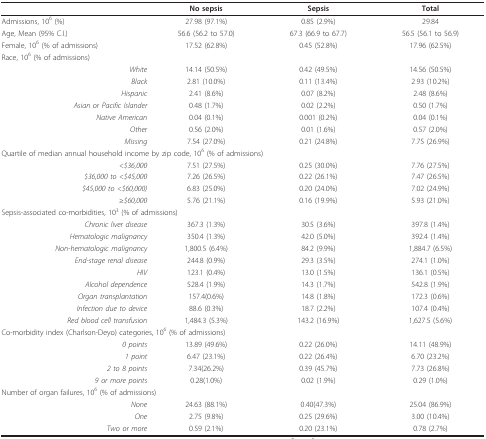
<table><thead><tr><td></td><td><b>No sepsis</b></td><td><b>Sepsis</b></td><td><b>Total</b></td></tr></thead><tbody><tr><td>Admissions, 10<sup>6 </sup>(%)</td><td>27.98 (97.1%)</td><td>0.85 (2.9%)</td><td>29.84</td></tr><tr><td>Age, Mean (95% C.I.)</td><td>56.6 (56.2 to 57.0)</td><td>67.3 (66.9 to 67.7)</td><td>56.5 (56.1 to 56.9)</td></tr><tr><td>Female, 10<sup>6 </sup>(% of admissions)</td><td>17.52 (62.8%)</td><td>0.45 (52.8%)</td><td>17.96 (62.5%)</td></tr><tr><td colspan="4">Race, 10<sup>6 </sup>(% of admissions)</td></tr><tr><td><i>White</i></td><td>14.14 (50.5%)</td><td>0.42 (49.5%)</td><td>14.56 (50.5%)</td></tr><tr><td><i>Black</i></td><td>2.81 (10.0%)</td><td>0.11 (13.4%)</td><td>2.93 (10.2%)</td></tr><tr><td><i>Hispanic</i></td><td>2.41 (8.6%)</td><td>0.07 (8.2%)</td><td>2.48 (8.6%)</td></tr><tr><td><i>Asian or Pacific Islander</i></td><td>0.48 (1.7%)</td><td>0.02 (2.2%)</td><td>0.50 (1.7%)</td></tr><tr><td><i>Native American</i></td><td>0.04 (0.1%)</td><td>0.001 (0.2%)</td><td>0.04 (0.1%)</td></tr><tr><td><i>Other</i></td><td>0.56 (2.0%)</td><td>0.01 (1.6%)</td><td>0.57 (2.0%)</td></tr><tr><td><i>Missing</i></td><td>7.54 (27.0%)</td><td>0.21 (24.8%)</td><td>7.75 (26.9%)</td></tr><tr><td colspan="4">Quartile of median annual household income by zip code, 10<sup>6 </sup>(% of admissions)</td></tr><tr><td><i>&lt;$36,000</i></td><td>7.51 (27.5%)</td><td>0.25 (30.0%)</td><td>7.76 (27.5%)</td></tr><tr><td><i>$36,000 to &lt;$45,000</i></td><td>7.26 (26.5%)</td><td>0.22 (26.1%)</td><td>7.47 (26.5%)</td></tr><tr><td><i>$45,000 to &lt;$60,000)</i></td><td>6.83 (25.0%)</td><td>0.20 (24.0%)</td><td>7.02 (24.9%)</td></tr><tr><td><i>≥$60,000</i></td><td>5.76 (21.1%)</td><td>0.16 (19.9%)</td><td>5.93 (21.0%)</td></tr><tr><td colspan="4">Sepsis-associated co-morbidities, 10<sup>3 </sup>(% of admissions)</td></tr><tr><td><i>Chronic liver disease</i></td><td>367.3 (1.3%)</td><td>30.5 (3.6%)</td><td>397.8 (1.4%)</td></tr><tr><td><i>Hematologic malignancy</i></td><td>350.4 (1.3%)</td><td>42.0 (5.0%)</td><td>392.4 (1.4%)</td></tr><tr><td><i>Non-hematologic malignancy</i></td><td>1,800.5 (6.4%)</td><td>84.2 (9.9%)</td><td>1,884.7 (6.5%)</td></tr><tr><td><i>End-stage renal disease</i></td><td>244.8 (0.9%)</td><td>29.3 (3.5%)</td><td>274.1 (1.0%)</td></tr><tr><td><i>HIV</i></td><td>123.1 (0.4%)</td><td>13.0 (1.5%)</td><td>136.1 (0.5%)</td></tr><tr><td><i>Alcohol dependence</i></td><td>528.4 (1.9%)</td><td>14.3 (1.7%)</td><td>542.8 (1.9%)</td></tr><tr><td><i>Organ transplantation</i></td><td>157.4(0.6%)</td><td>14.8 (1.8%)</td><td>172.3 (0.6%)</td></tr><tr><td><i>Infection due to device</i></td><td>88.6 (0.3%)</td><td>18.7 (2.2%)</td><td>107.4 (0.4%)</td></tr><tr><td><i>Red blood cell transfusion</i></td><td>1,484.3 (5.3%)</td><td>143.2 (16.9%)</td><td>1,627.5 (5.6%)</td></tr><tr><td colspan="4">Co-morbidity index (Charlson-Deyo) categories, 10<sup>6 </sup>(% of admissions)</td></tr><tr><td><i>0 points</i></td><td>13.89 (49.6%)</td><td>0.22 (26.0%)</td><td>14.11 (48.9%)</td></tr><tr><td><i>1 point</i></td><td>6.47 (23.1%)</td><td>0.22 (26.4%)</td><td>6.70 (23.2%)</td></tr><tr><td><i>2 to 8 points</i></td><td>7.34(26.2%)</td><td>0.39 (45.7%)</td><td>7.73 (26.8%)</td></tr><tr><td><i>9 or more points</i></td><td>0.28(1.0%)</td><td>0.02 (1.9%)</td><td>0.29 (1.0%)</td></tr><tr><td colspan="4">Number of organ failures, 10<sup>6 </sup>(% of admissions)</td></tr><tr><td><i>None</i></td><td>24.63 (88.1%)</td><td>0.40(47.3%)</td><td>25.04 (86.9%)</td></tr><tr><td><i>One</i></td><td>2.75 (9.8%)</td><td>0.25 (29.6%)</td><td>3.00 (10.4%)</td></tr><tr><td><i>Two or more</i></td><td>0.59 (2.1%)</td><td>0.20 (23.1%)</td><td>0.78 (2.7%)</td></tr></tbody></table>